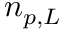
n _ { p , L }